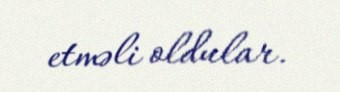
etməli oldular.